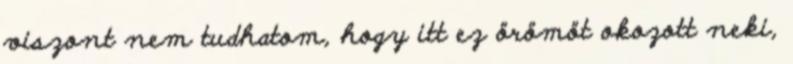
viszont nem tudhatom, hogy itt ez örömöt okozott neki,